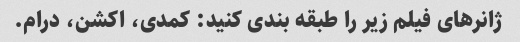
ژانرهای فیلم زیر را طبقه بندی کنید: کمدی، اکشن، درام.